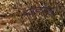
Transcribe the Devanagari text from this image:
हाइड्रोजनांश